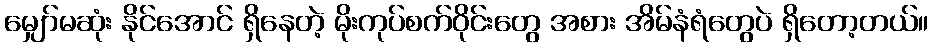
မျှော်မဆုံး နိုင်အောင် ရှိနေတဲ့ မိုးကုပ်စက်ဝိုင်းတွေ အစား အိမ်နံရံတွေပဲ ရှိတော့တယ်။